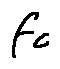
f _ { c }